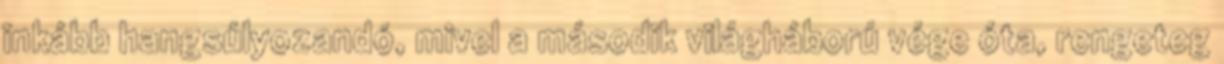
inkább hangsúlyozandó, mivel a második világháború vége óta, rengeteg